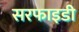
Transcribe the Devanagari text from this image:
सरफाइडी